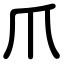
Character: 爪